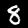
Label: 8